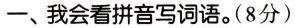
一、我会看拼音写词语。(8分)